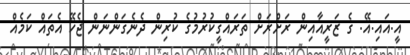
އީ.އައި.އޭ. ގެ ޒަރީއާއިން ރަށްރަށް ތަރައްގީކުރުމުގެ ކުރިން ދެނެގަންނަން ޖެހޭ އެތައް ކަމެއް